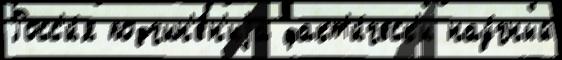
Росс'и́я подчин'е́н'иjа факт'и́ческ'и нау́чный